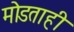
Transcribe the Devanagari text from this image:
मोडताही